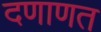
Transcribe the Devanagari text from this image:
दणाणत